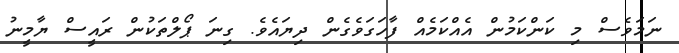
ނަމަވެސް މި ކަންކަމުން އެއްކަމެއް ފާހަގަވެގެން ދިޔައެވެ. ގިނަ ޕޯލްތަކުން ރައީސް ޔާމީނު